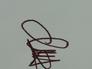
Signature authenticity: genuine